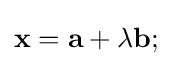
\mathbf {x} =\mathbf {a} +\lambda \mathbf {b} ;